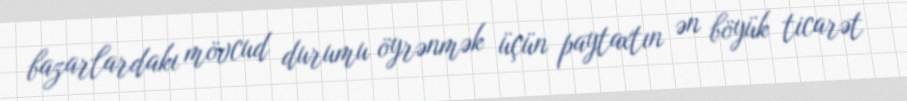
bazarlardakı mövcud durumu öyrənmək üçün paytaxtın ən böyük ticarət